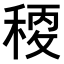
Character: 𥠛